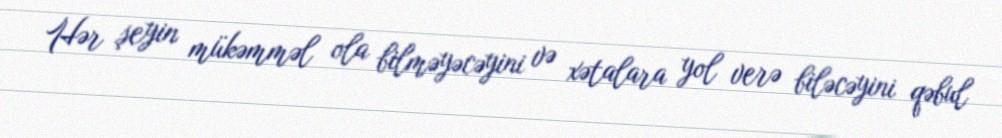
Hər şeyin mükəmməl ola bilməyəcəyini və xətalara yol verə biləcəyini qəbul